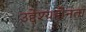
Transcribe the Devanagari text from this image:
उद्देश्यहीनता